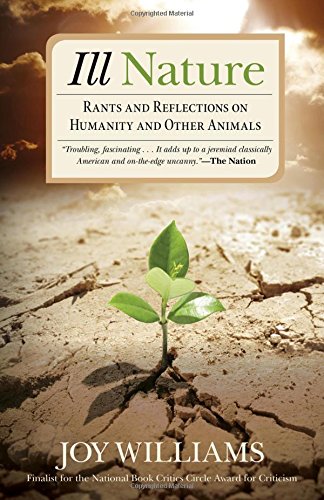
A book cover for Ill Nature: Rants and Reflections on Humanity and Other Animals; Joy Williams; Science & Math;